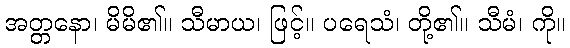
အတ္တနော၊ မိမိ၏။ သီမာယ၊ ဖြင့်။ ပရေသံ၊ တို့၏။ သီမံ၊ ကို။